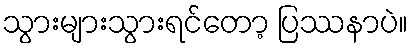
သွားများသွားရင်တော့ ပြဿနာပဲ။